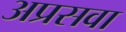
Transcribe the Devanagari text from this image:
अप्रसवा